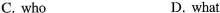
C. who D. what